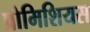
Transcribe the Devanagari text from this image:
प्रोमिशियस